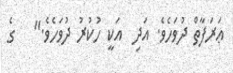
ޢަރަފާތް ދުވަހެވެ. އަދި  އަކީ ހުކުރު ދުވަހެވެ."   ގެ